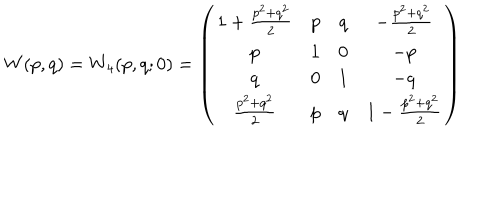
LaTeX: W ( p , q ) = W _ { 4 } ( p , q ; 0 ) = \left( \begin{array} { c c c c } { { 1 + \frac { p ^ { 2 } + q ^ { 2 } } { 2 } } } & { { p } } & { { q } } & { { - \frac { p ^ { 2 } + q ^ { 2 } } { 2 } } } \\ { { p } } & { { 1 } } & { { 0 } } & { { - p } } \\ { { q } } & { { 0 } } & { { 1 } } & { { - q } } \\ { { \frac { p ^ { 2 } + q ^ { 2 } } { 2 } } } & { { p } } & { { q } } & { { 1 - \frac { p ^ { 2 } + q ^ { 2 } } { 2 } } } \\ \end{array} \right)